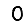
Digit: 0